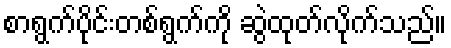
စာရွက်ပိုင်းတစ်ရွက်ကို ဆွဲထုတ်လိုက်သည်။